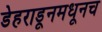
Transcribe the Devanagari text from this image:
डेहराडूनमधूनच